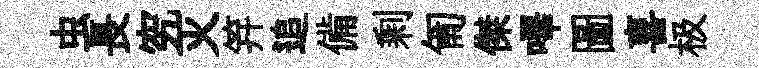
虫長究灭笄追備剩匍傑嗶圖喜极